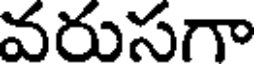
వరుసగా